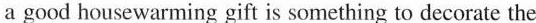
a good housewarming gift is something to decorate the